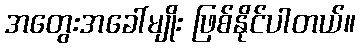
အတွေးအခေါ်မျိုး ဖြစ်နိုင်ပါတယ်။